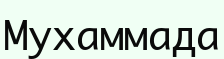
Мухаммада